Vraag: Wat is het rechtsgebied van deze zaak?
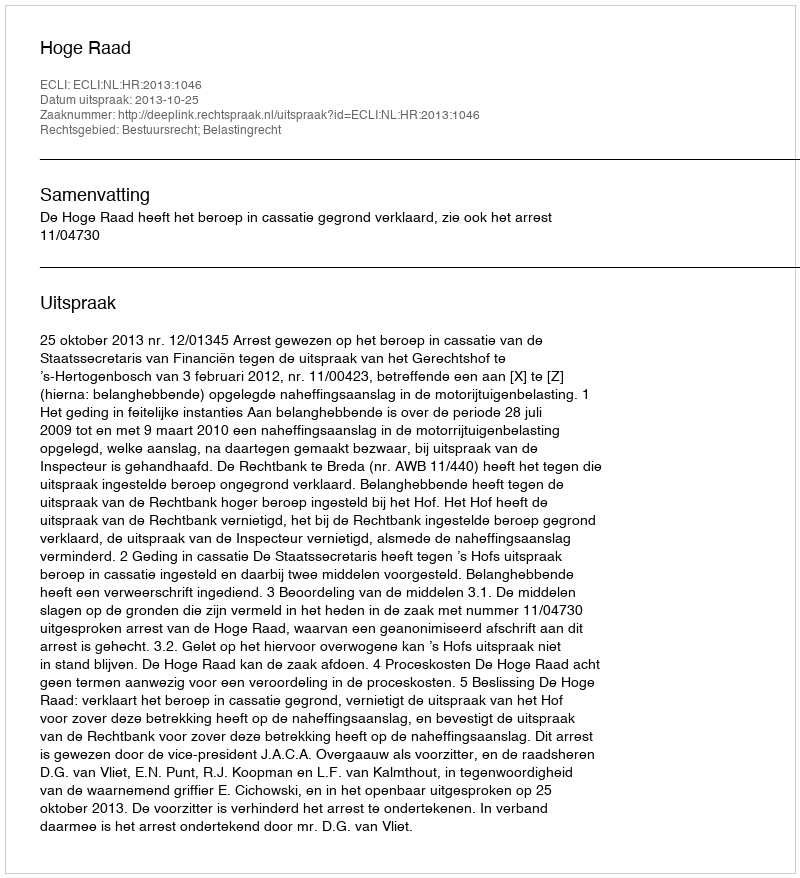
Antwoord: Bestuursrecht; Belastingrecht